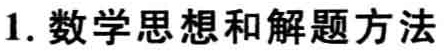
1. 数学思想和解题方法